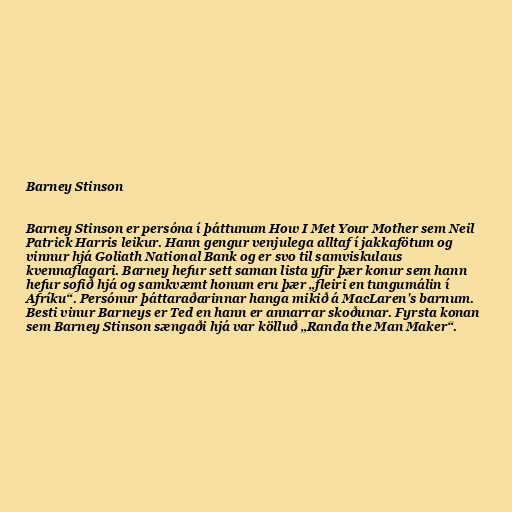
Barney Stinson

Barney Stinson er persóna í þáttunum How I Met Your Mother sem Neil
Patrick Harris leikur. Hann gengur venjulega alltaf í jakkafötum og
vinnur hjá Goliath National Bank og er svo til samviskulaus
kvennaflagari. Barney hefur sett saman lista yfir þær konur sem hann
hefur sofið hjá og samkvæmt honum eru þær „fleiri en tungumálin í
Afríku“. Persónur þáttaraðarinnar hanga mikið á MacLaren's barnum.
Besti vinur Barneys er Ted en hann er annarrar skoðunar. Fyrsta konan
sem Barney Stinson sængaði hjá var kölluð „Randa the Man Maker“.